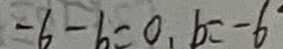
- 6 - b = 0 , b = - 6